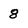
Character: 8